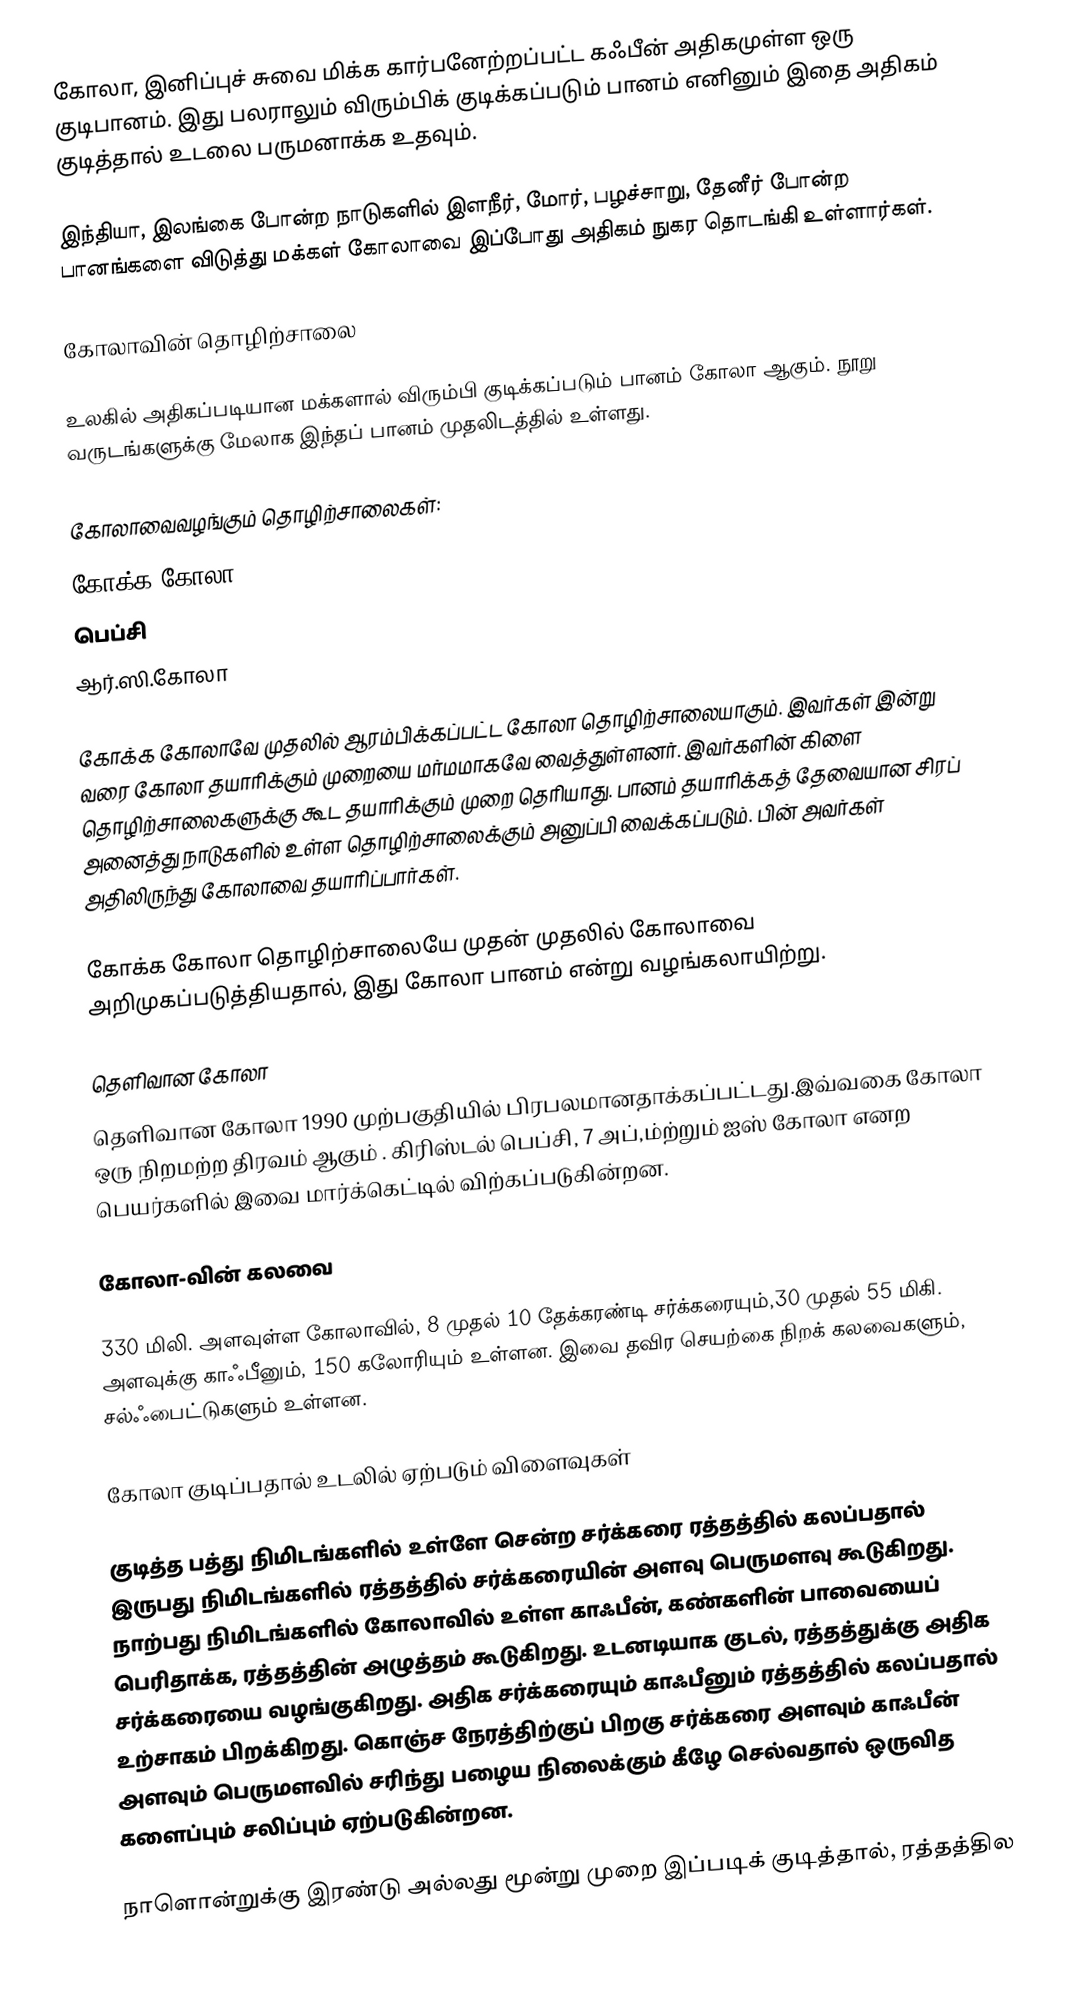
கோலா, இனிப்புச் சுவை மிக்க கார்பனேற்றப்பட்ட கஃபீன் அதிகமுள்ள ஒரு குடிபானம். இது பலராலும் விரும்பிக் குடிக்கப்படும் பானம் எனினும் இதை அதிகம் குடித்தால் உடலை பருமனாக்க உதவும்.

இந்தியா, இலங்கை போன்ற நாடுகளில் இளநீர், மோர், பழச்சாறு, தேனீர் போன்ற பானங்களை விடுத்து மக்கள் கோலாவை இப்போது அதிகம் நுகர தொடங்கி உள்ளார்கள்.

கோலாவின் தொழிற்சாலை

உலகில் அதிகப்படியான மக்களால் விரும்பி குடிக்கப்படும் பானம் கோலா ஆகும். நூறு வருடங்களுக்கு மேலாக இந்தப் பானம் முதலிடத்தில் உள்ளது.

கோலாவைவழங்கும் தொழிற்சாலைகள்:
கோக்க கோலா
பெப்சி
ஆர்.ஸி.கோலா

கோக்க கோலாவே முதலில் ஆரம்பிக்கப்பட்ட கோலா தொழிற்சாலையாகும். இவர்கள் இன்று வரை கோலா தயாரிக்கும் முறையை மர்மமாகவே வைத்துள்ளனர். இவர்களின் கிளை தொழிற்சாலைகளுக்கு கூட தயாரிக்கும் முறை தெரியாது. பானம் தயாரிக்கத் தேவையான சிரப் அனைத்து நாடுகளில் உள்ள தொழிற்சாலைக்கும் அனுப்பி வைக்கப்படும். பின் அவர்கள் அதிலிருந்து கோலாவை தயாரிப்பார்கள்.

கோக்க கோலா தொழிற்சாலையே முதன் முதலில் கோலாவை அறிமுகப்படுத்தியதால், இது கோலா பானம் என்று வழங்கலாயிற்று.

தெளிவான கோலா
தெளிவான கோலா 1990 முற்பகுதியில் பிரபலமானதாக்கப்பட்டது.இவ்வகை கோலா ஒரு நிறமற்ற திரவம் ஆகும் .  கிரிஸ்டல் பெப்சி,  7 அப்,ம்ற்றும்  ஐஸ் கோலா எனற பெயர்களில் இவை மார்க்கெட்டில் விற்கப்படுகின்றன.

கோலா-வின் கலவை

330 மிலி. அளவுள்ள கோலாவில், 8 முதல் 10 தேக்கரண்டி சர்க்கரையும்,30 முதல் 55 மிகி. அளவுக்கு காஃபீனும், 150 கலோரியும் உள்ளன. இவை தவிர செயற்கை நிறக் கலவைகளும், சல்ஃபைட்டுகளும் உள்ளன.

கோலா குடிப்பதால் உடலில் ஏற்படும் விளைவுகள்

குடித்த பத்து நிமிடங்களில் உள்ளே சென்ற சர்க்கரை ரத்தத்தில் கலப்பதால் இருபது நிமிடங்களில் ரத்தத்தில் சர்க்கரையின் அளவு பெருமளவு கூடுகிறது. நாற்பது நிமிடங்களில் கோலாவில் உள்ள காஃபீன், கண்களின் பாவையைப் பெரிதாக்க, ரத்தத்தின் அழுத்தம் கூடுகிறது. உடனடியாக குடல், ரத்தத்துக்கு அதிக சர்க்கரையை வழங்குகிறது. அதிக சர்க்கரையும் காஃபீனும் ரத்தத்தில் கலப்பதால் உற்சாகம் பிறக்கிறது. கொஞ்ச நேரத்திற்குப் பிறகு சர்க்கரை அளவும் காஃபீன் அளவும் பெருமளவில் சரிந்து பழைய நிலைக்கும் கீழே செல்வதால் ஒருவித களைப்பும் சலிப்பும் ஏற்படுகின்றன.

நாளொன்றுக்கு இரண்டு அல்லது மூன்று முறை இப்படிக் குடித்தால், ரத்தத்தில